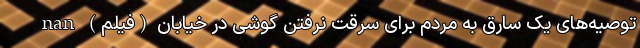
توصیه‌های یک سارق به مردم برای سرقت نرفتن گوشی در خیابان (فیلم) nan